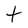
Character: t